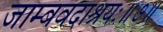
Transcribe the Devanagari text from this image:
जाम्बवदाश्रयः॥७॥